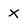
Character: X